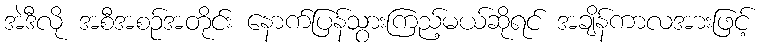
အဲဒီလို အစီအစဉ်အတိုင်း နောက်ပြန်သွားကြည့်မယ်ဆိုရင် အချိန်ကာလအားဖြင့်